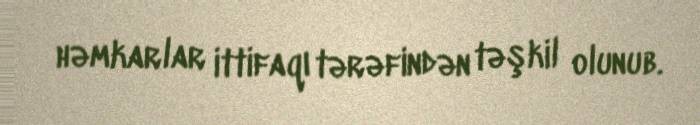
həmkarlar ittifaqı tərəfindən təşkil olunub.